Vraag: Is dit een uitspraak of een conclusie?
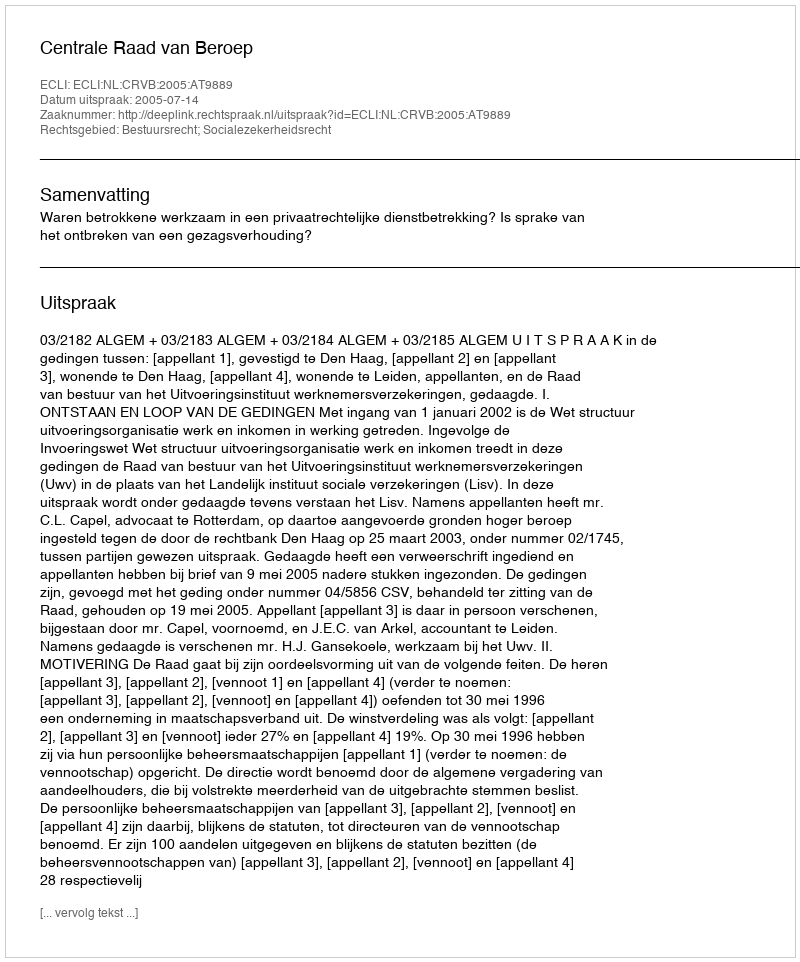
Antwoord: Uitspraak